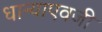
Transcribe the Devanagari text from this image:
धान्याएवजी